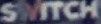
SWITCH